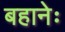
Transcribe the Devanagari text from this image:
बहानेः